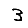
Digit: 3